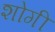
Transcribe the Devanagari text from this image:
शोगी